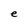
Character: e